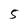
Character: 5